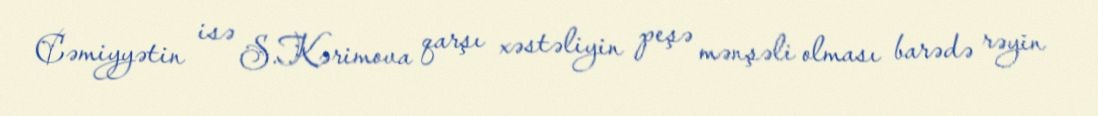
Cəmiyyətin isə S.Kərimova qarşı xəstəliyin peşə mənşəli olması barədə rəyin